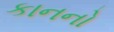
કાનનો